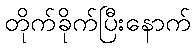
တိုက်ခိုက်ပြီးနောက်